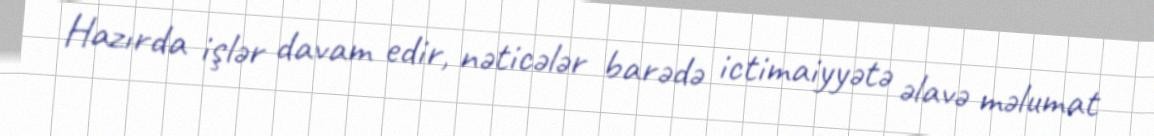
Hazırda işlər davam edir, nəticələr barədə ictimaiyyətə əlavə məlumat